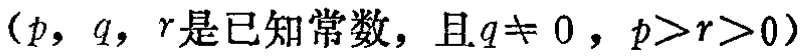
\((p，q，r是已知常数，且q\neq 0，p>r>0)\)